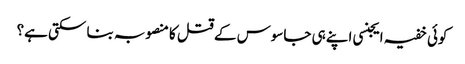
کوئی خفیہ ایجنسی اپنے ہی جاسوس کے قتل کا منصوبہ بنا سکتی ہے؟